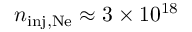
n _ { \mathrm { i n j , N e } } \approx 3 \times 1 0 ^ { 1 8 }